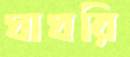
ঘাঘরি